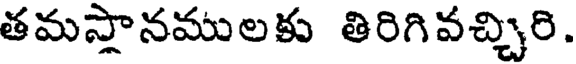
తమస్తానములకు తిరిగివచ్చిరి.